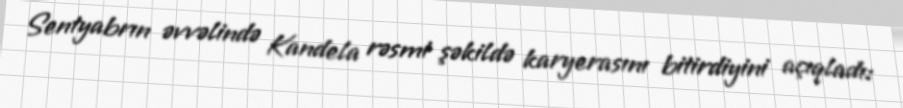
Sentyabrın əvvəlində Kandela rəsmi şəkildə karyerasını bitirdiyini açıqladı: